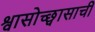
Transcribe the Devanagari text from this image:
श्वासोच्छ्वासाची